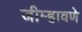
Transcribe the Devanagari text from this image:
जीम्हावणे